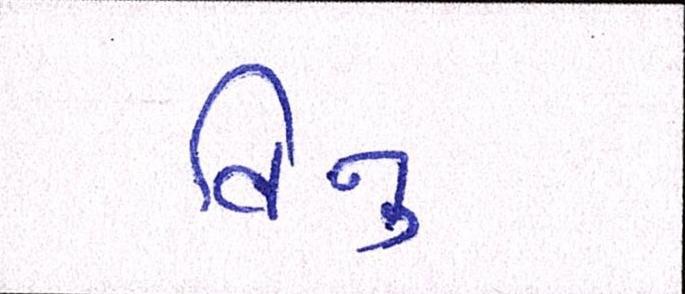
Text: વિનુ